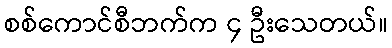
စစ်ကောင်စီဘက်က ၄ ဦးသေတယ်။